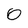
Character: 0